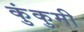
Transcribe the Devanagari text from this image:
कुंकुमी